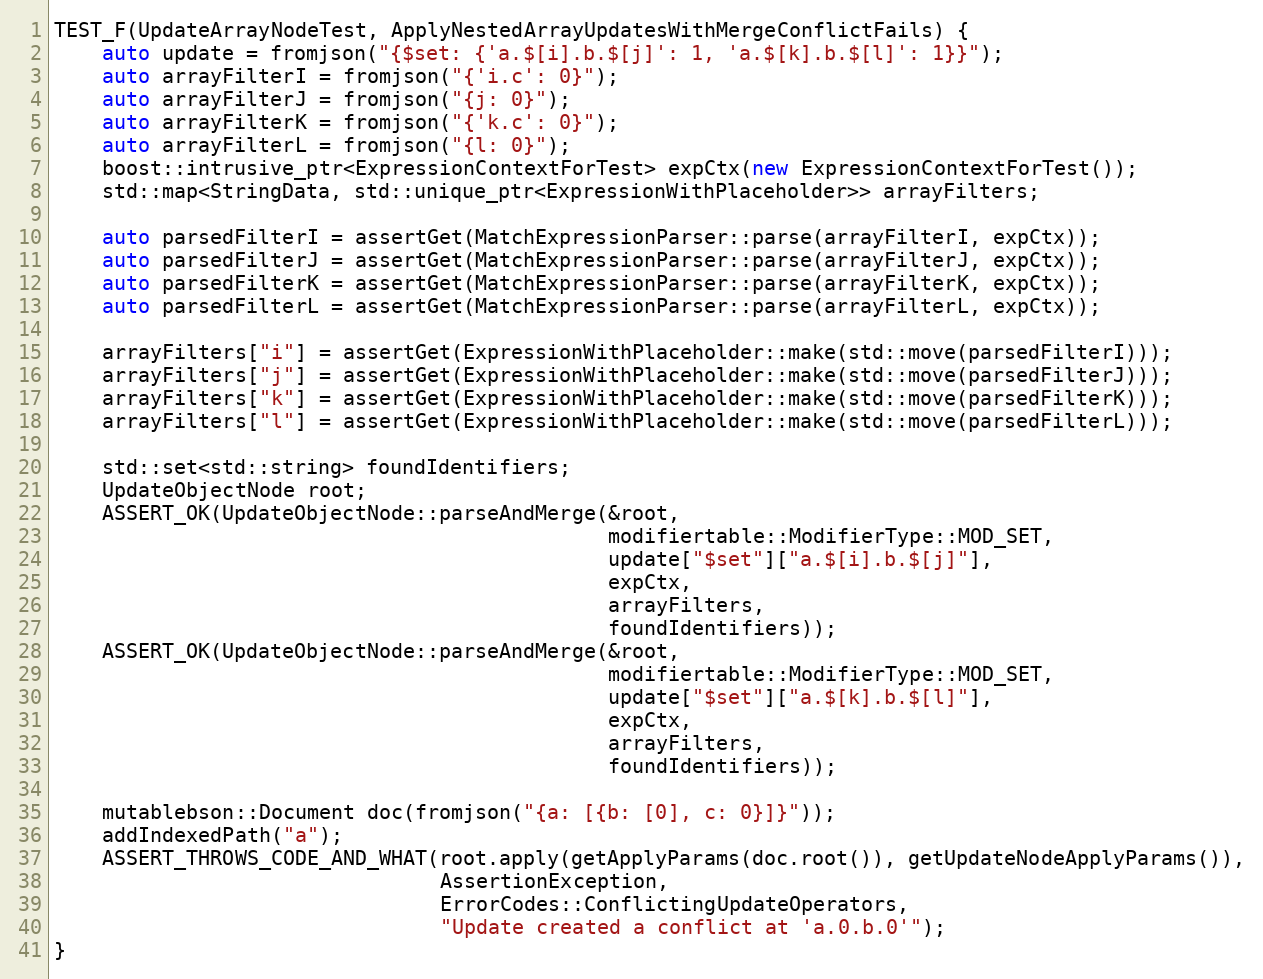
Language: C++
TEST_F(UpdateArrayNodeTest, ApplyNestedArrayUpdatesWithMergeConflictFails) {
    auto update = fromjson("{$set: {'a.$[i].b.$[j]': 1, 'a.$[k].b.$[l]': 1}}");
    auto arrayFilterI = fromjson("{'i.c': 0}");
    auto arrayFilterJ = fromjson("{j: 0}");
    auto arrayFilterK = fromjson("{'k.c': 0}");
    auto arrayFilterL = fromjson("{l: 0}");
    boost::intrusive_ptr<ExpressionContextForTest> expCtx(new ExpressionContextForTest());
    std::map<StringData, std::unique_ptr<ExpressionWithPlaceholder>> arrayFilters;

    auto parsedFilterI = assertGet(MatchExpressionParser::parse(arrayFilterI, expCtx));
    auto parsedFilterJ = assertGet(MatchExpressionParser::parse(arrayFilterJ, expCtx));
    auto parsedFilterK = assertGet(MatchExpressionParser::parse(arrayFilterK, expCtx));
    auto parsedFilterL = assertGet(MatchExpressionParser::parse(arrayFilterL, expCtx));

    arrayFilters["i"] = assertGet(ExpressionWithPlaceholder::make(std::move(parsedFilterI)));
    arrayFilters["j"] = assertGet(ExpressionWithPlaceholder::make(std::move(parsedFilterJ)));
    arrayFilters["k"] = assertGet(ExpressionWithPlaceholder::make(std::move(parsedFilterK)));
    arrayFilters["l"] = assertGet(ExpressionWithPlaceholder::make(std::move(parsedFilterL)));

    std::set<std::string> foundIdentifiers;
    UpdateObjectNode root;
    ASSERT_OK(UpdateObjectNode::parseAndMerge(&root,
                                              modifiertable::ModifierType::MOD_SET,
                                              update["$set"]["a.$[i].b.$[j]"],
                                              expCtx,
                                              arrayFilters,
                                              foundIdentifiers));
    ASSERT_OK(UpdateObjectNode::parseAndMerge(&root,
                                              modifiertable::ModifierType::MOD_SET,
                                              update["$set"]["a.$[k].b.$[l]"],
                                              expCtx,
                                              arrayFilters,
                                              foundIdentifiers));

    mutablebson::Document doc(fromjson("{a: [{b: [0], c: 0}]}"));
    addIndexedPath("a");
    ASSERT_THROWS_CODE_AND_WHAT(root.apply(getApplyParams(doc.root()), getUpdateNodeApplyParams()),
                                AssertionException,
                                ErrorCodes::ConflictingUpdateOperators,
                                "Update created a conflict at 'a.0.b.0'");
}